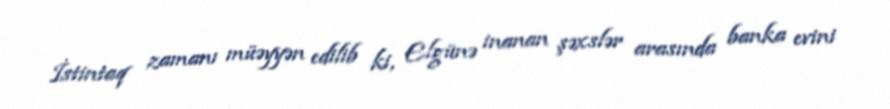
İstintaq zamanı müəyyən edilib ki, Elgünə inanan şəxslər arasında banka evini